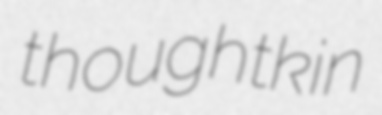
thoughtkin